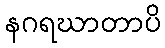
နဂရဃာတာပိ